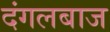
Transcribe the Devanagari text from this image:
दंगलबाज